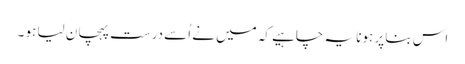
اس بنا پر ہونا یہ چاہیے کہ میں نے اُسے درست پہچان لیا ہو ۔